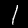
Label: 1